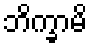
ဘိက္ခာမိ